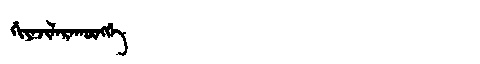
Manchu: ᡤᡳᠶᠠᠵᡳᠯᠠᡵᠠᡴᡡᠩᡤᡝ
Romanization: GIYAJILARAKŪNGGE